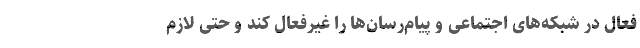
فعال در شبکه‌های اجتماعی و پیام‌رسان‌ها را غیرفعال کند و حتی لازم